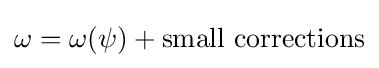
\omega =\omega (\psi )+{\rm {small\ corrections}}